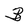
Character: B